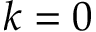
k = 0